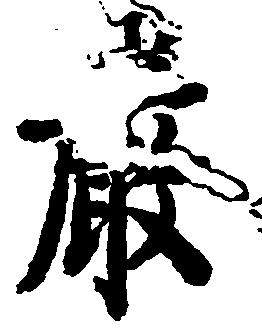
厳